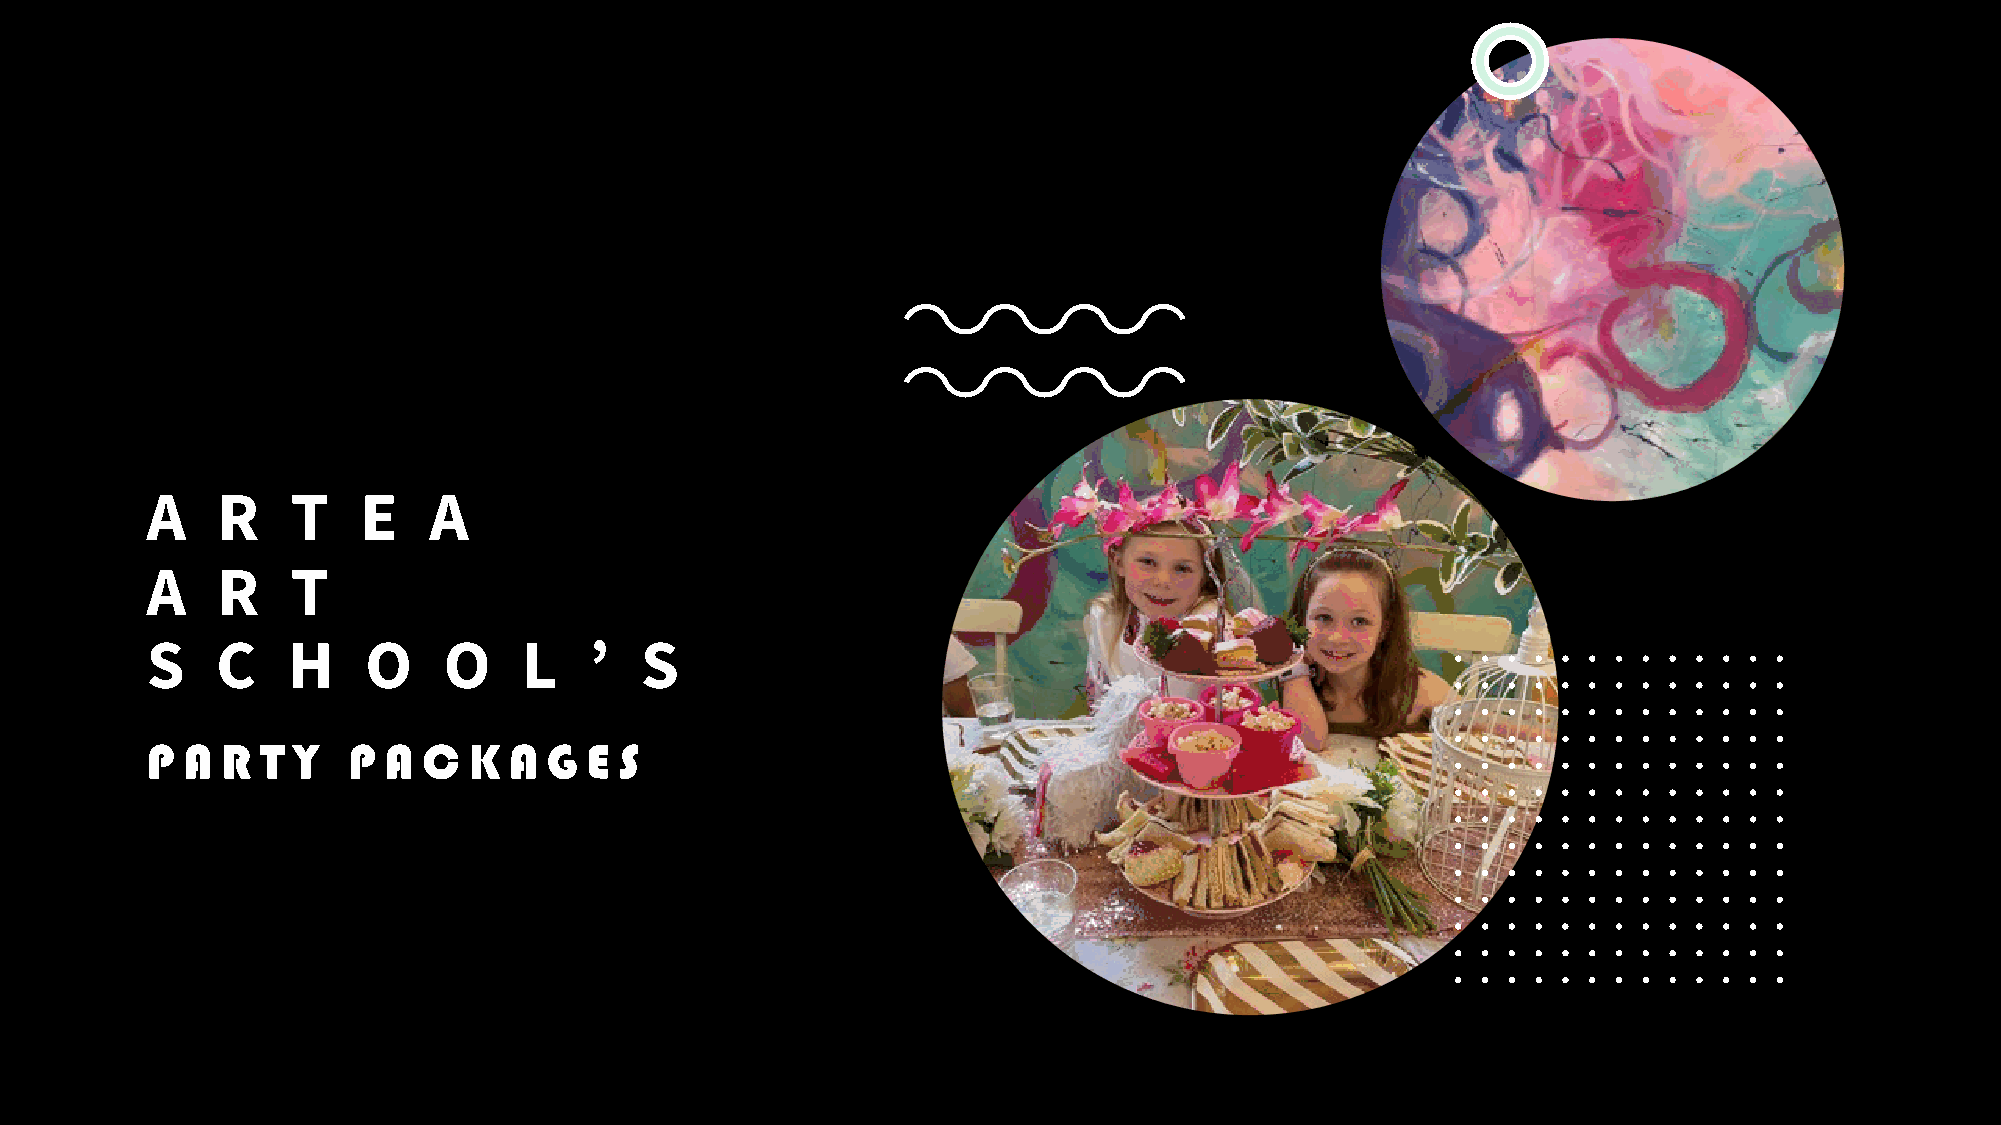
A   R    T    E   A
 A   R    T
 S   C    H    O    O     L   ’  S
 P A  R T Y   P A  C  K  A G  E S